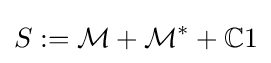
S:={\mathcal {M}}+{\mathcal {M}}^{*}+\mathbb {C} 1